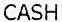
CASH